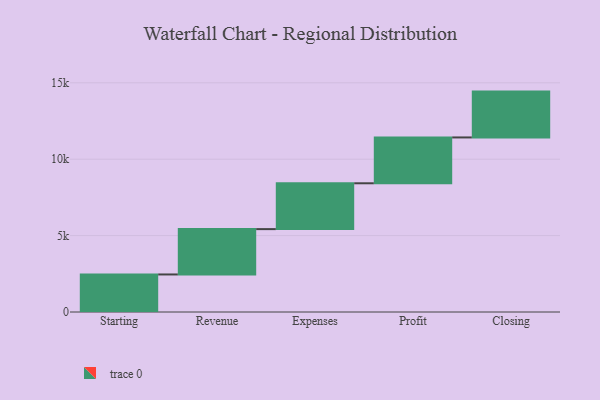
{"axis": {"x": "Step", "y": "Value"}, "legend": [""], "data": [{"x": "Starting", "y": 2457.0, "type": ""}, {"x": "Revenue", "y": 2967.0, "type": ""}, {"x": "Expenses", "y": 3000, "type": ""}, {"x": "Profit", "y": 3000, "type": ""}, {"x": "Closing", "y": 3000, "type": ""}]}